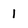
Character: 1